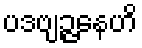
ပဒဗျဉ္ဇနေဟိ